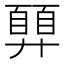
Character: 𢍳